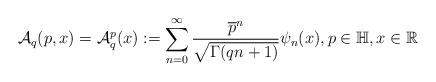
LaTeX: \begin{align*}\mathcal{A}_q(p,x)=\mathcal{A}_q^p (x):=\displaystyle \sum_{n=0}^\infty \frac{\overline{p}^n}{\sqrt{\Gamma(qn+1)}}\psi_n(x), p\in \mathbb{H}, x\in \mathbb{R}\end{align*}